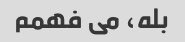
بله، می فهمم